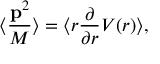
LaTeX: \langle { \frac { { \bf p } ^ { 2 } } { M } } \rangle = \langle r { \frac { \partial } { \partial r } } V ( r ) \rangle ,